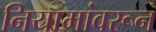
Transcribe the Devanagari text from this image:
नियामांवरून